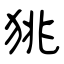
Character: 狣